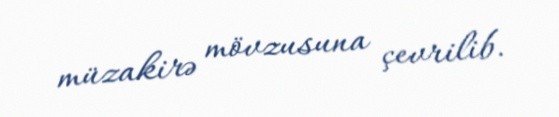
müzakirə mövzusuna çevrilib.